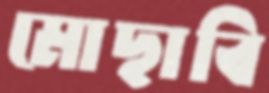
মোছাবি